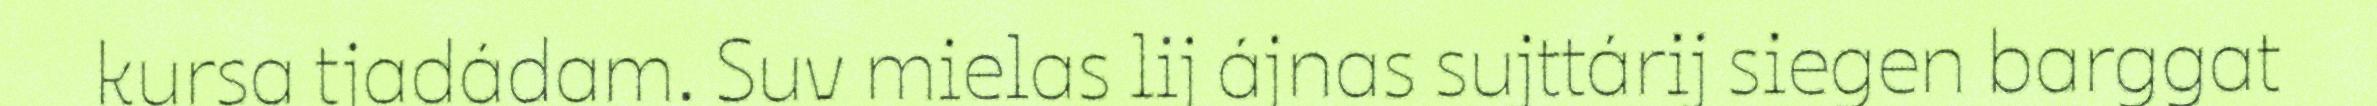
kursa tjadádam. Suv mielas lij ájnas sujttárij siegen barggat